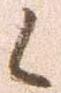
候